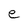
Character: e